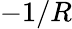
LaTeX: -1/R